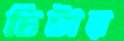
চিটার